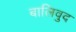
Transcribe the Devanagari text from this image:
बालिवुद